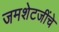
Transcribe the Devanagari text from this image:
जमशेटजींचे